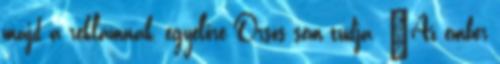
majd a reklámnak, egyelőre Orsós sem tudja. "Az ember